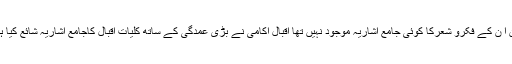
لیکن ا ن کے فکرو شعرکا کوئی جامع اشاریہ موجود نہیں تھا اقبال اکامی نے بڑی عمدگی کے ساتھ کلیات اقبال کاجامع اشاریہ شائع کیا ہے ۔